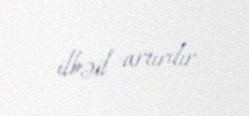
ilbəil artırılır.